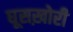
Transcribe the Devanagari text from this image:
घूसख़ोरी